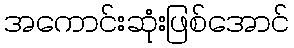
အကောင်းဆုံးဖြစ်အောင်